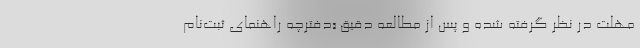
مهلت در نظر گرفته شده و پس از مطالعه دقیق «دفترچه راهنمای ثبت‌نام